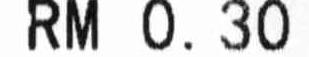
RM 0.30